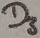
Text: D3